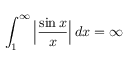
\int _ { 1 } ^ { \infty } { \Big | } { \frac { \sin x } { x } } { \Big | } \, d x = \infty